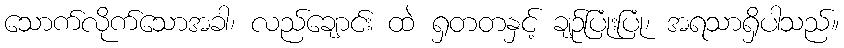
သောက်လိုက်သောအခါ၊ လည်ချောင်း ထဲ ရှတတနှင့် ချဉ်ပြုံးပြုံ၊ အရသာရှိပါသည်။